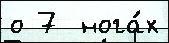
о 7  нога́х